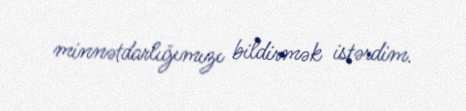
minnətdarlığımızı bildirmək istərdim.